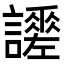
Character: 𧭯